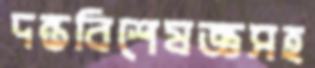
দন্তবিশেষজ্ঞসহ